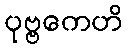
ပုဗ္ဗကေဟိ